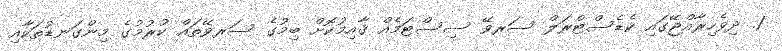
1. ދިވެހިރާއްޖޭގައި ކެޑެސްޓްރަލް ސަރވޭ ސިސްޓަމެއް ޤާއިމުކޮށް ބިމުގެ ސަރވޭތައް ކުރުމުގެ މިންގަނޑުތަކާއި